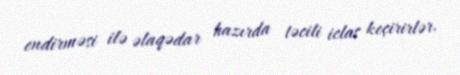
endirməsi ilə əlaqədar hazırda təcili iclas keçirirlər.